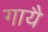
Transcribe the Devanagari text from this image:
गायै